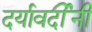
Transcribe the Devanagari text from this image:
दर्यावर्दींनी